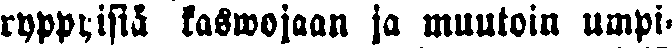
ryppyisiä kaswojaan ja muutoin umpi-